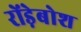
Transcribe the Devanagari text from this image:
रोंड़ेबोश